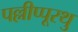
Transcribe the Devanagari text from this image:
पल्लीप्पूरथु